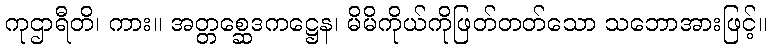
ကုဌာရီတိ၊ ကား။ အတ္တစ္ဆေဒကဋ္ဌေန၊ မိမိကိုယ်ကိုဖြတ်တတ်သော သဘောအားဖြင့်။